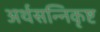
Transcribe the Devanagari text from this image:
अर्थसन्निकृष्ट